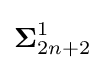
{\boldsymbol {\Sigma }}_{2n+2}^{1}